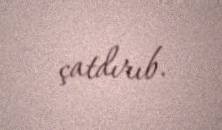
çatdırıb.